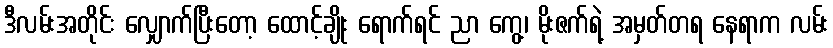
ဒီလမ်းအတိုင်း လျှောက်ပြီးတော့ ထောင့်ချိုး ရောက်ရင် ညာ ကွေ့၊ မိုးဇက်ရဲ့ အမှတ်တရ နေရာက လမ်း